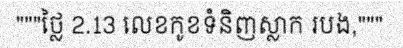
"""ថ្លៃ 2.13 លេខកូខទំនិញស្លាក របង,"""